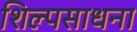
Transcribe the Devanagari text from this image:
शिल्पसाधना